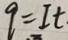
q = I t